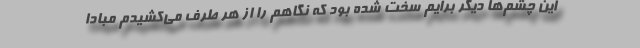
این چشم‌ها دیگر برایم سخت شده بود که نگاهم را از هر طرف می‌کشیدم مبادا